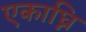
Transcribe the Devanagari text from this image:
एकाघ्नि